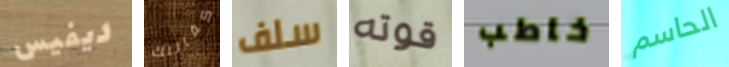
ديفيس كفالتك سلف قوته خاطب الحاسم